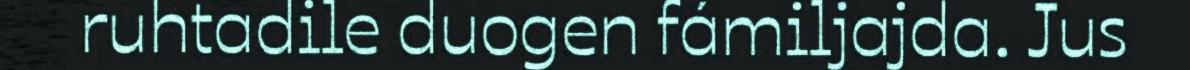
ruhtadile duogen fámiljajda. Jus